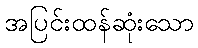
အပြင်းထန်ဆုံးသော